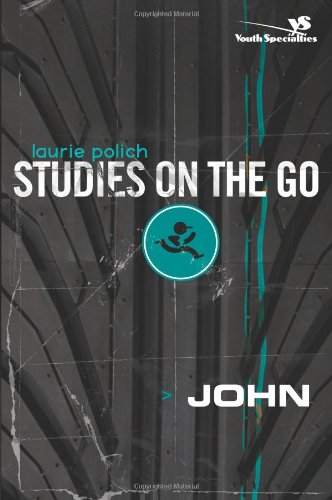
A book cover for John (Studies on the Go); Laurie Polich; Christian Books & Bibles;